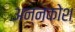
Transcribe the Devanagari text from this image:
अन्‍नकोश